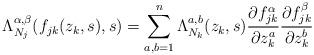
LaTeX: \begin{align*}\Lambda_{N_j}^{\alpha,\beta}(f_{jk}(z_k,s),s)=\sum_{a,b=1}^n\Lambda_{N_k}^{a,b}(z_k,s)\frac{\partial f_{jk}^{\alpha}}{\partial z_k^a}\frac{\partial f_{jk}^{\beta}}{\partial z_k^b}\end{align*}